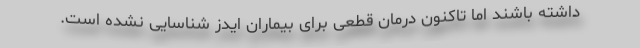
داشته باشند اما تاکنون درمان قطعی برای بیماران ایدز شناسایی نشده است.